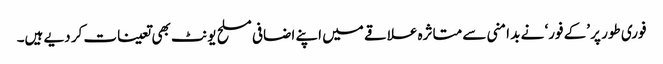
فوری طور پر ’کے فور‘ نے بد امنی سے متاثرہ علاقے میں اپنے اضافی مسلح یونٹ بھی تعینات کر دیے ہیں۔